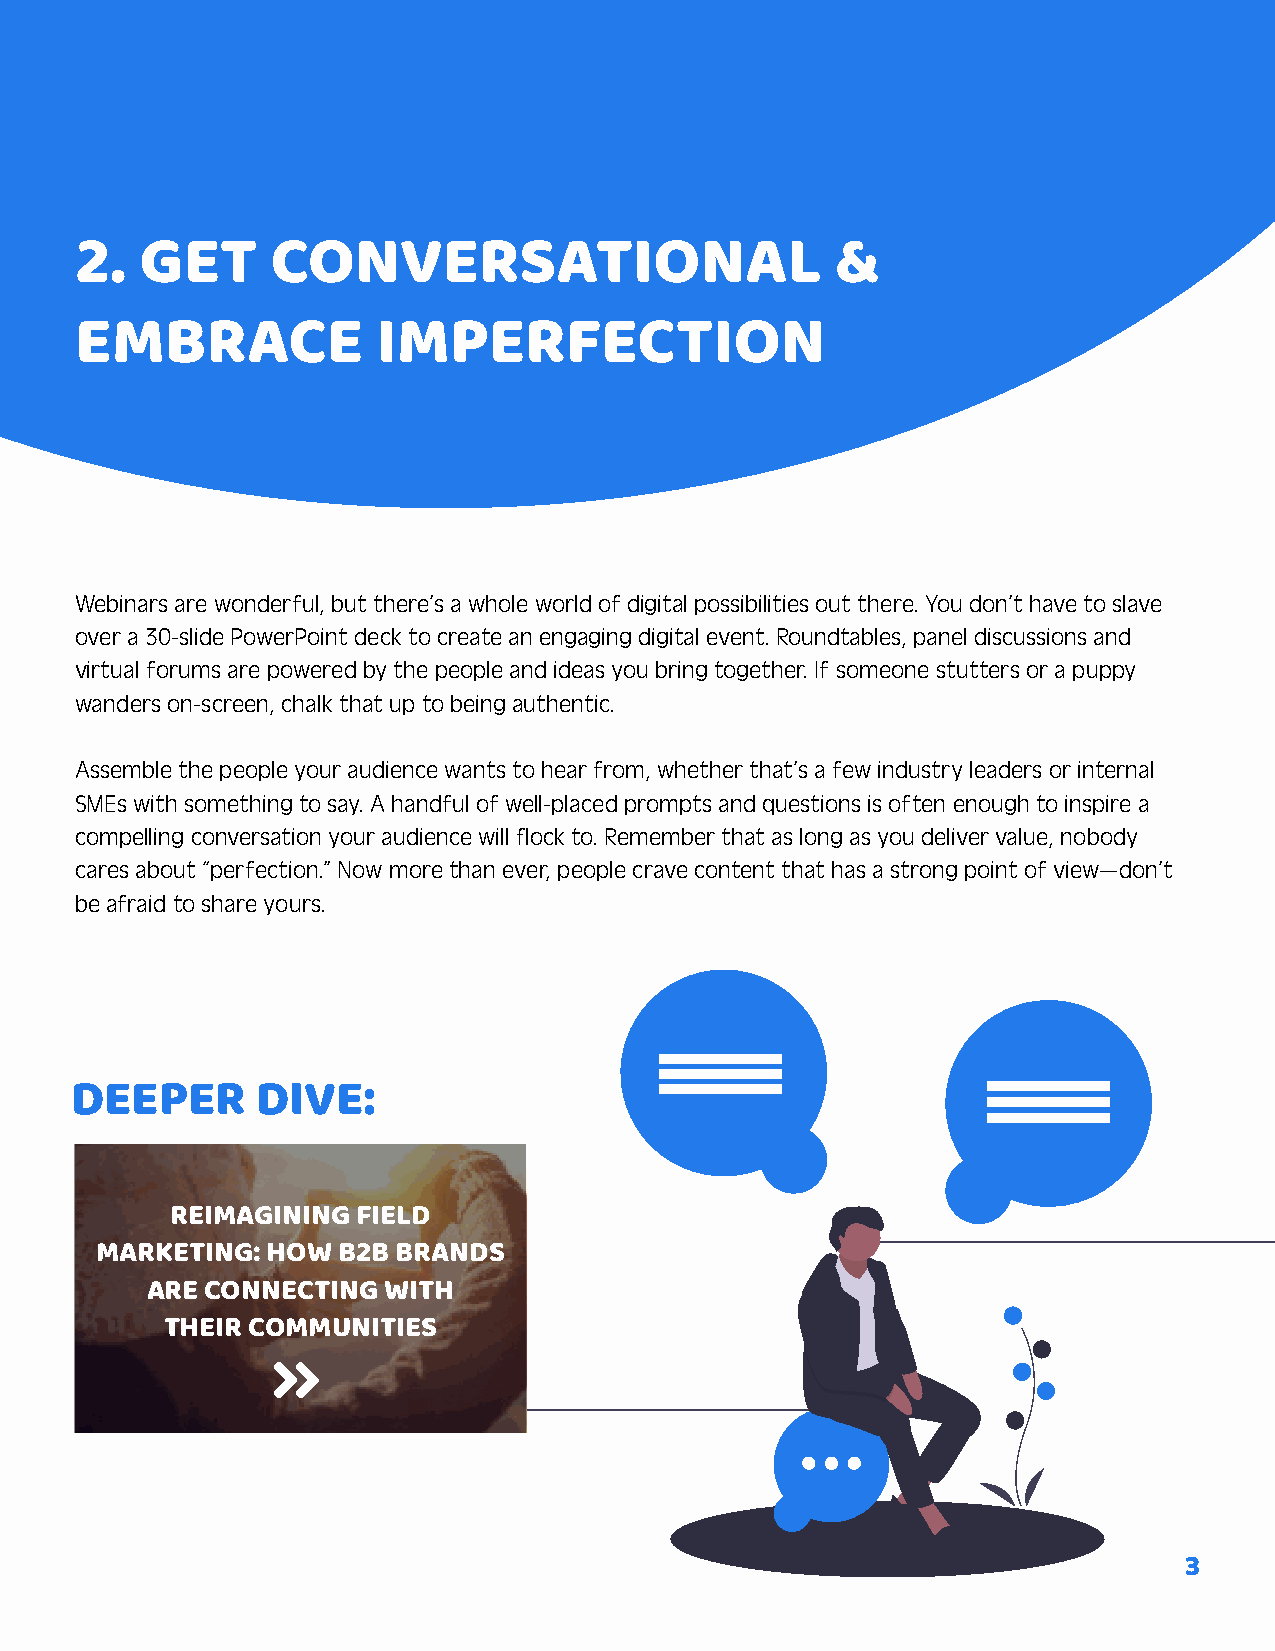
2.  GET      CONVERSATIONAL                       &
 EMBRACE             IMPERFECTION
 Webinars are wonderful, but there’s a whole world of digital possibilities out there. You don’t have to slave
 over a 30-slide PowerPoint deck to create an engaging digital event. Roundtables, panel discussions and
 virtual forums are powered by the people and ideas you bring together. If someone stutters or a puppy
 wanders on-screen, chalk that up to being authentic.
 Assemble the people your audience wants to hear from, whether that’s a few industry leaders or internal
 SMEs with something to say. A handful of well-placed prompts and questions is often enough to inspire a
 compelling conversation your audience will flock to. Remember that as long as you deliver value, nobody
 cares about “perfection.” Now more than ever, people crave content that has a strong point of view—don’t
 be afraid to share yours.
 DEEPER      DIVE:
 REIMAGINING  FIELD
 MARKETING:  HOW B2B BRANDS
 ARE CONNECTING WITH
 THEIR COMMUNITIES
 
 3